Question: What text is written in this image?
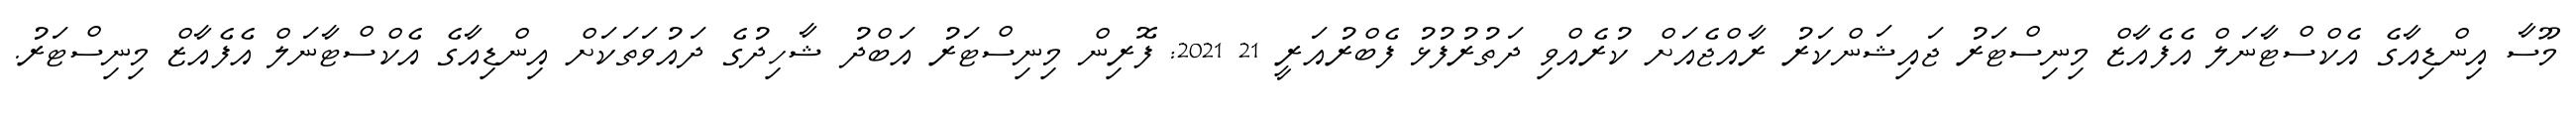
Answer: މޫސާ އިންޑިއާގެ އެކްސްޓާނަލް އެފެއާޒް މިނިސްޓަރު ޖައިޝަންކަރު ރާއްޖެއަށް ކުރެއްވި ދަތުރުފުޅު ފެބްރުއަރީ 21 2021: ފޮރިން މިނިސްޓަރު އަބްދު ޝާހިދުގެ ދައުވަތަކަށް އިންޑިއާގެ އެކްސްޓާނަލް އެފެއާޒް މިނިސްޓަރު.